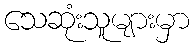
သေဆုံးသူများမှာ